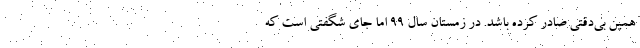
همین بی‌دقتی صادر کرده باشد. در زمستان سال 99 اما جای شگفتی است که